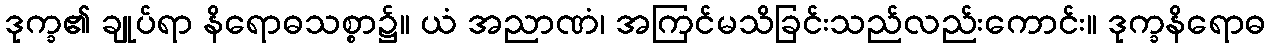
ဒုက္ခ၏ ချုပ်ရာ နိရောဓသစ္စာ၌။ ယံ အညာဏံ၊ အကြင်မသိခြင်းသည်လည်းကောင်း။ ဒုက္ခနိရောဓ